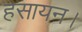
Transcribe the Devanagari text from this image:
हसायन।